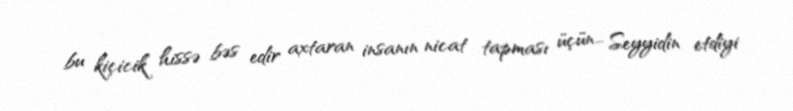
bu kiçicik hissə bəs edir axtaran insanın nicat tapması üçün... Seyyidin etdiyi